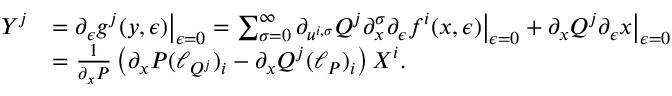
\begin{array} { r l } { Y ^ { j } } & { = \partial _ { \epsilon } g ^ { j } ( y , \epsilon ) \big | _ { \epsilon = 0 } = \sum _ { \sigma = 0 } ^ { \infty } \partial _ { u ^ { i , \sigma } } Q ^ { j } \partial _ { x } ^ { \sigma } \partial _ { \epsilon } f ^ { i } ( x , \epsilon ) \big | _ { \epsilon = 0 } + \partial _ { x } Q ^ { j } \partial _ { \epsilon } x \big | _ { \epsilon = 0 } } \\ & { = \frac { 1 } { \partial _ { x } P } \left( \partial _ { x } P ( \ell _ { Q ^ { j } } ) _ { i } - \partial _ { x } Q ^ { j } ( \ell _ { P } ) _ { i } \right) X ^ { i } . } \end{array}